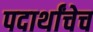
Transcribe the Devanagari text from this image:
पदार्थांचेच